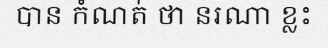
បាន កំណត់ ថា នរណា ខ្លះ